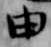
由